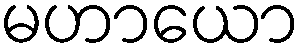
မဟာယော